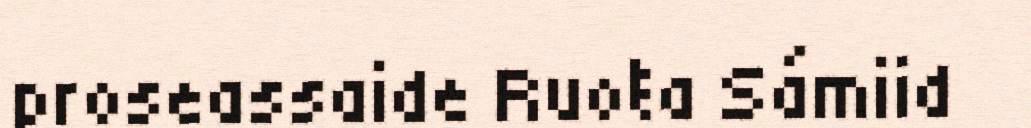
proseassaide Ruoŧa Sámiid